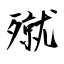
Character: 殧